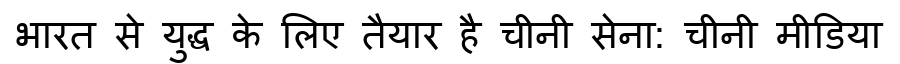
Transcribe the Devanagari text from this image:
भारत से युद्ध के लिए तैयार है चीनी सेना: चीनी मीडिया